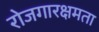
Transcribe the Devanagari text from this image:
रोजगारक्षमता